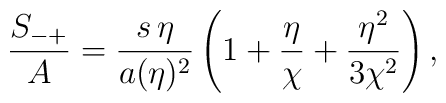
{S_{-+}\over A} = {s\, \eta\over a(\eta)^2} \left(1+{\eta\over\chi}  +{\eta^2\over 3\chi^2} \right),